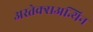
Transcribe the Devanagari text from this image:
अस्तेक्सअन्थिन